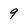
Character: 9